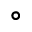
^ \circ